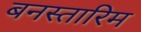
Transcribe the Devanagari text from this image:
बनस्तारिम